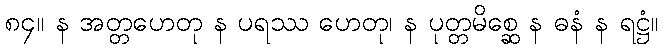
၈၄။ န အတ္တဟေတု န ပရဿ ဟေတု၊ န ပုတ္တမိစ္ဆေ န ဓနံ န ရဋ္ဌံ။